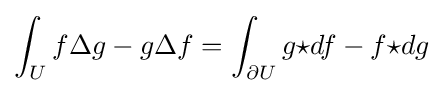
\int _{U}f\Delta g-g\Delta f=\int _{\partial U}g{\star df}-f{\star dg}